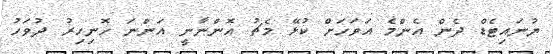
ޔުނައިޓެޑް ދެން އެންމެ އަވަހަށް ކުޅޭ މެޗު އޮންނާނީ އަންނަ ހޮނިހިރު ދުވަހު